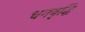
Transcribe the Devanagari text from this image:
धनवृद्धि